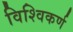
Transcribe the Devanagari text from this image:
विश्विकर्ण